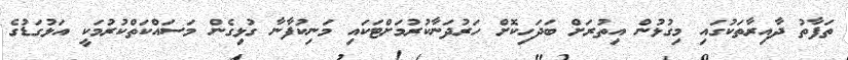
ތަފާތު ދާއިރާތަކުގައި މިގުޅުން އިތުރަށް ބަދަހިކޮށް ހަރުދަނާކުރުމަށްޓަކައި މަނިކުފާނާ ގުޅިގެން މަސައްކަތްކުރުމަކީ އަޅުގަޑުގެ